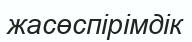
жасөспірімдік